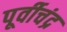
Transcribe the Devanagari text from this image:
पूर्वीचंद्र